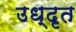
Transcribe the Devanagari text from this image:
उध्दृत